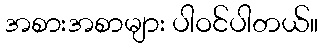
အစားအစာများ ပါဝင်ပါတယ်။